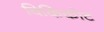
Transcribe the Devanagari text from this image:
विकिकोट